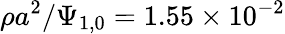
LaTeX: \rho{a}^{2}/\Psi_{1,0}=1.55\times 10^{-2}